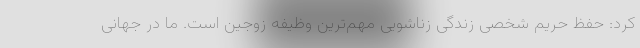
کرد: حفظ حریم شخصی زندگی زناشویی مهم‌ترین وظیفه زوجین است. ما در جهانی